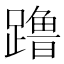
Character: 𬧔